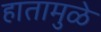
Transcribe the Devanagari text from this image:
हातामुळे